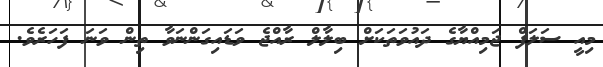
މިއީ ސަލަފް ޖަމިއްޔާގެ ދައުވަތަކަށް ބިލާލް ރާއްޖެ ވަޑައިގަންނަވާ ތިން ވަނަ ފަހަރެވެ.